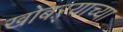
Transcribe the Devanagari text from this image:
खोबऱ्याच्या